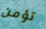
تؤمن